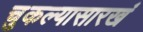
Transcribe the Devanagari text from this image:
चुकल्यासारखं